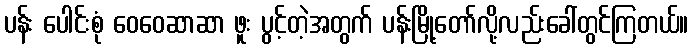
ပန်း ပေါင်းစုံ ဝေဝေဆာဆာ ဖူး ပွင့်တဲ့အတွက် ပန်းမြို့တော်လို့လည်းခေါ်တွင်ကြတယ်။